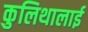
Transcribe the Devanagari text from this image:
कुलिथालाई